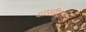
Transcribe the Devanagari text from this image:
धासीदास